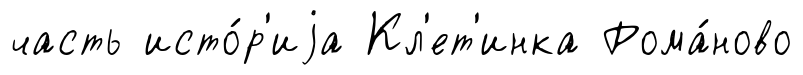
часть исто́р'иjа Кл'ет'инка Рома́ново